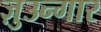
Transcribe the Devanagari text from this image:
ज़ुउन्गार